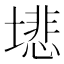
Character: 𫮦